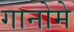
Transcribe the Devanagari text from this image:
गानोमे